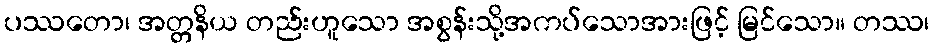
ပဿတော၊ အတ္တနိယ တည်းဟူသော အစွန်းသို့အကပ်သောအားဖြင့် မြင်သော။ တဿ၊